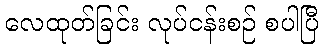
လေထုတ်ခြင်း လုပ်ငန်းစဉ် စပါပြီ